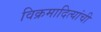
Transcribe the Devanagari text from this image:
विक्रमादित्यांची